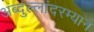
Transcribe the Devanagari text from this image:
अब्दुल्लांदरम्यान